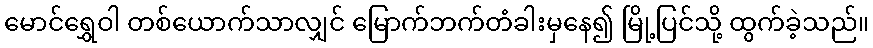
မောင်ရွှေဝါ တစ်ယောက်သာလျှင် မြောက်ဘက်တံခါးမှနေ၍ မြို့ပြင်သို့ ထွက်ခဲ့သည်။